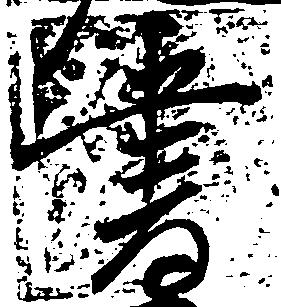
書